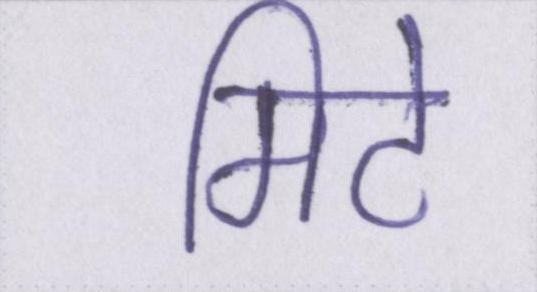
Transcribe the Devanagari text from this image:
मिटे